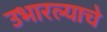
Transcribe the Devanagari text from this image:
उभारल्याचे